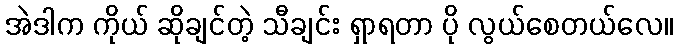
အဲဒါက ကိုယ် ဆိုချင်တဲ့ သီချင်း ရှာရတာ ပို လွယ်စေတယ်လေ။